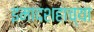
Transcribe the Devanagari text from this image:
इमादशहाच्या